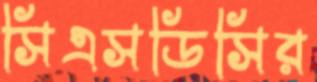
সিএসডিসির